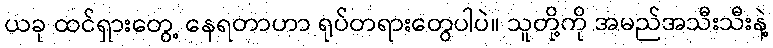
ယခု ထင်ရှားတွေ့ နေရတာဟာ ရုပ်တရားတွေပါပဲ။ သူတို့ကို အမည်အသီးသီးနဲ့